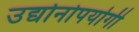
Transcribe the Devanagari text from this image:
उद्योनोपयोगी